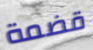
قضمة